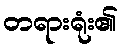
တရားရုံး၏